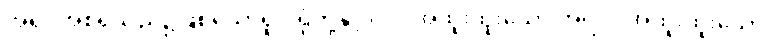
အရပ်အစရှိသည်၌ဖြစ်သောရူပါရုံတို့နှင့်။ ဝါ၊ အထူးထူးသော အရပ်။ အထူးထူးသော